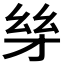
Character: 𪪋